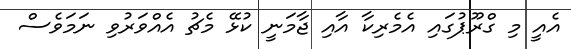
އެއީ މި ގްރޫޕުގައި އެމެރިކާ އާއި ޖާމަނީ ކުޅޭ މެޗު އެއްވަރުވި ނަމަވެސް